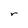
Character: r